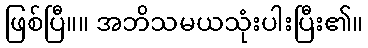
ဖြစ်ပြီ။။ အဘိသမယသုံးပါးပြီး၏။